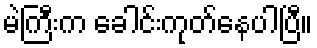
မဲကြီးက ခေါင်းကုတ်နေပါပြီ။